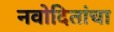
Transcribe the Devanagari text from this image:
नवोदितांचा